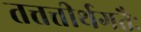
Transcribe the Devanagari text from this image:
तत्तत्तीर्थगतैः